Trukikaitis_Postimees, lk 29
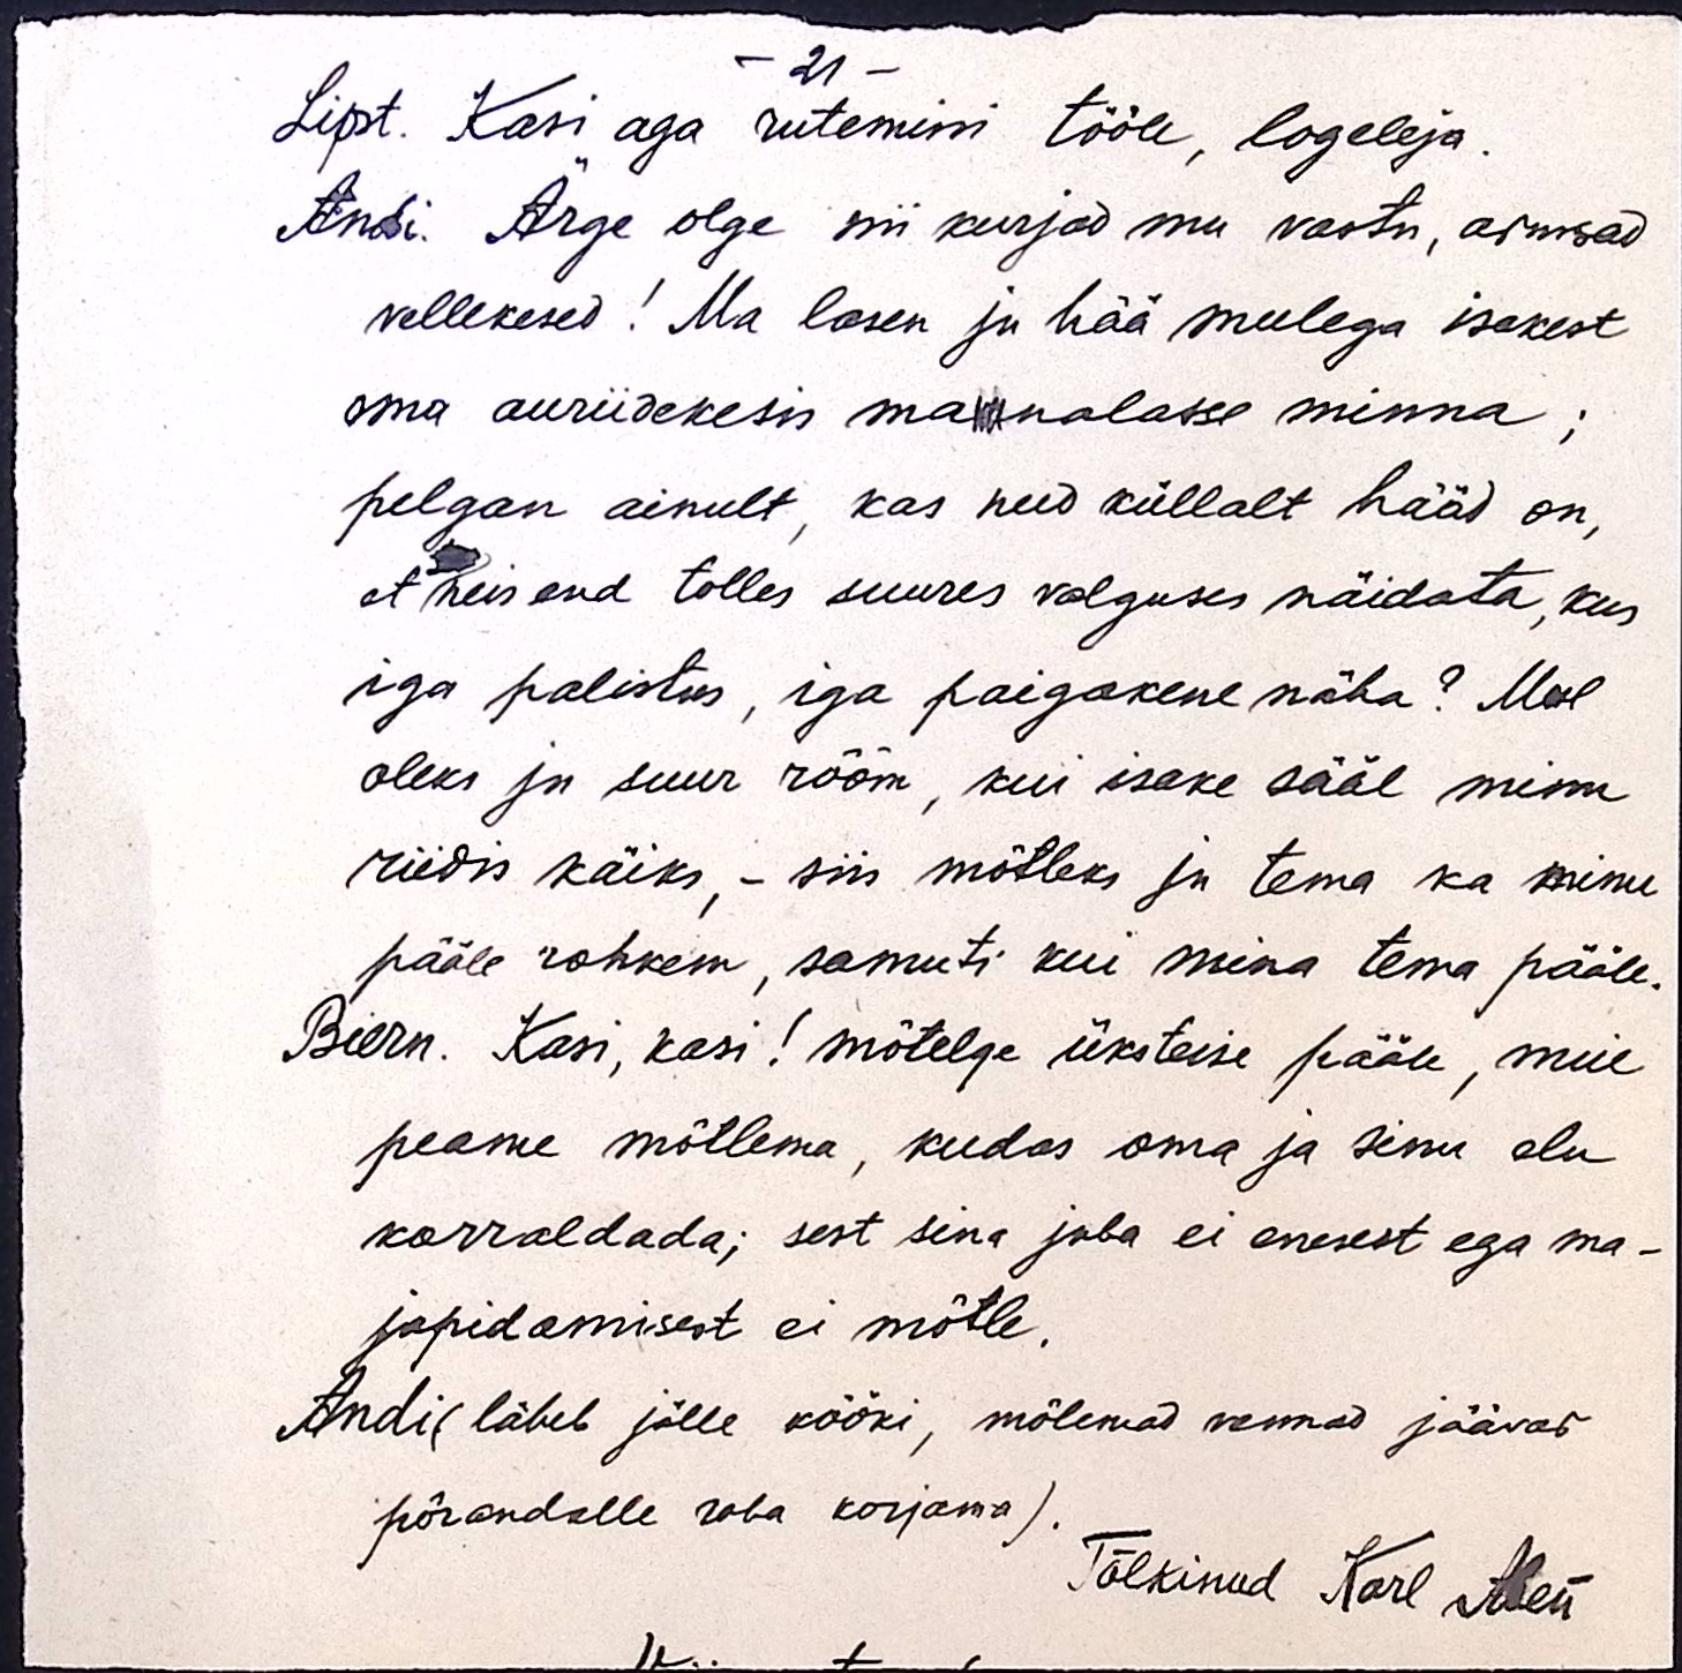
- 21 -
Lipst. Kasi aga rutemini tööle, logeleja.
Andi. Ärge olge nii kurjad mu vastu, armsad
vellekesed! Ma lasen ju hää meelega isakest
oma auriidekesis maanalasse minna;
pelgan ainult, kas need küllalt hääd on,
et neis end tolles suures valguses näidata, kus
iga palistus, iga paigakene näha? Mul
oleks ju suur rõõm, kui isake sääl minu
riidis käiks, - siis mõtleks ju tema ka minu
pääle rohkem, samuti kui mina tema pääle.
Biern. Kasi, kasi! mõtelge üksteise pääle, meie
peame mõtlema, kudas oma ja sinu elu
korraldada; sest sina juba ei enesest ega ma-
japidamisest ei mõtle.
Andi (läheb jälle kööki, mõlemad vennad jäävad
põrandalle raha korjama).
Tõlkinud Karl Aben